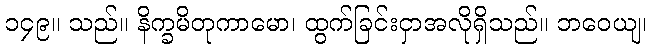
၁၄၉။ သည်။ နိက္ခမိတုကာမော၊ ထွက်ခြင်းငှာအလိုရှိသည်။ ဘဝေယျ၊